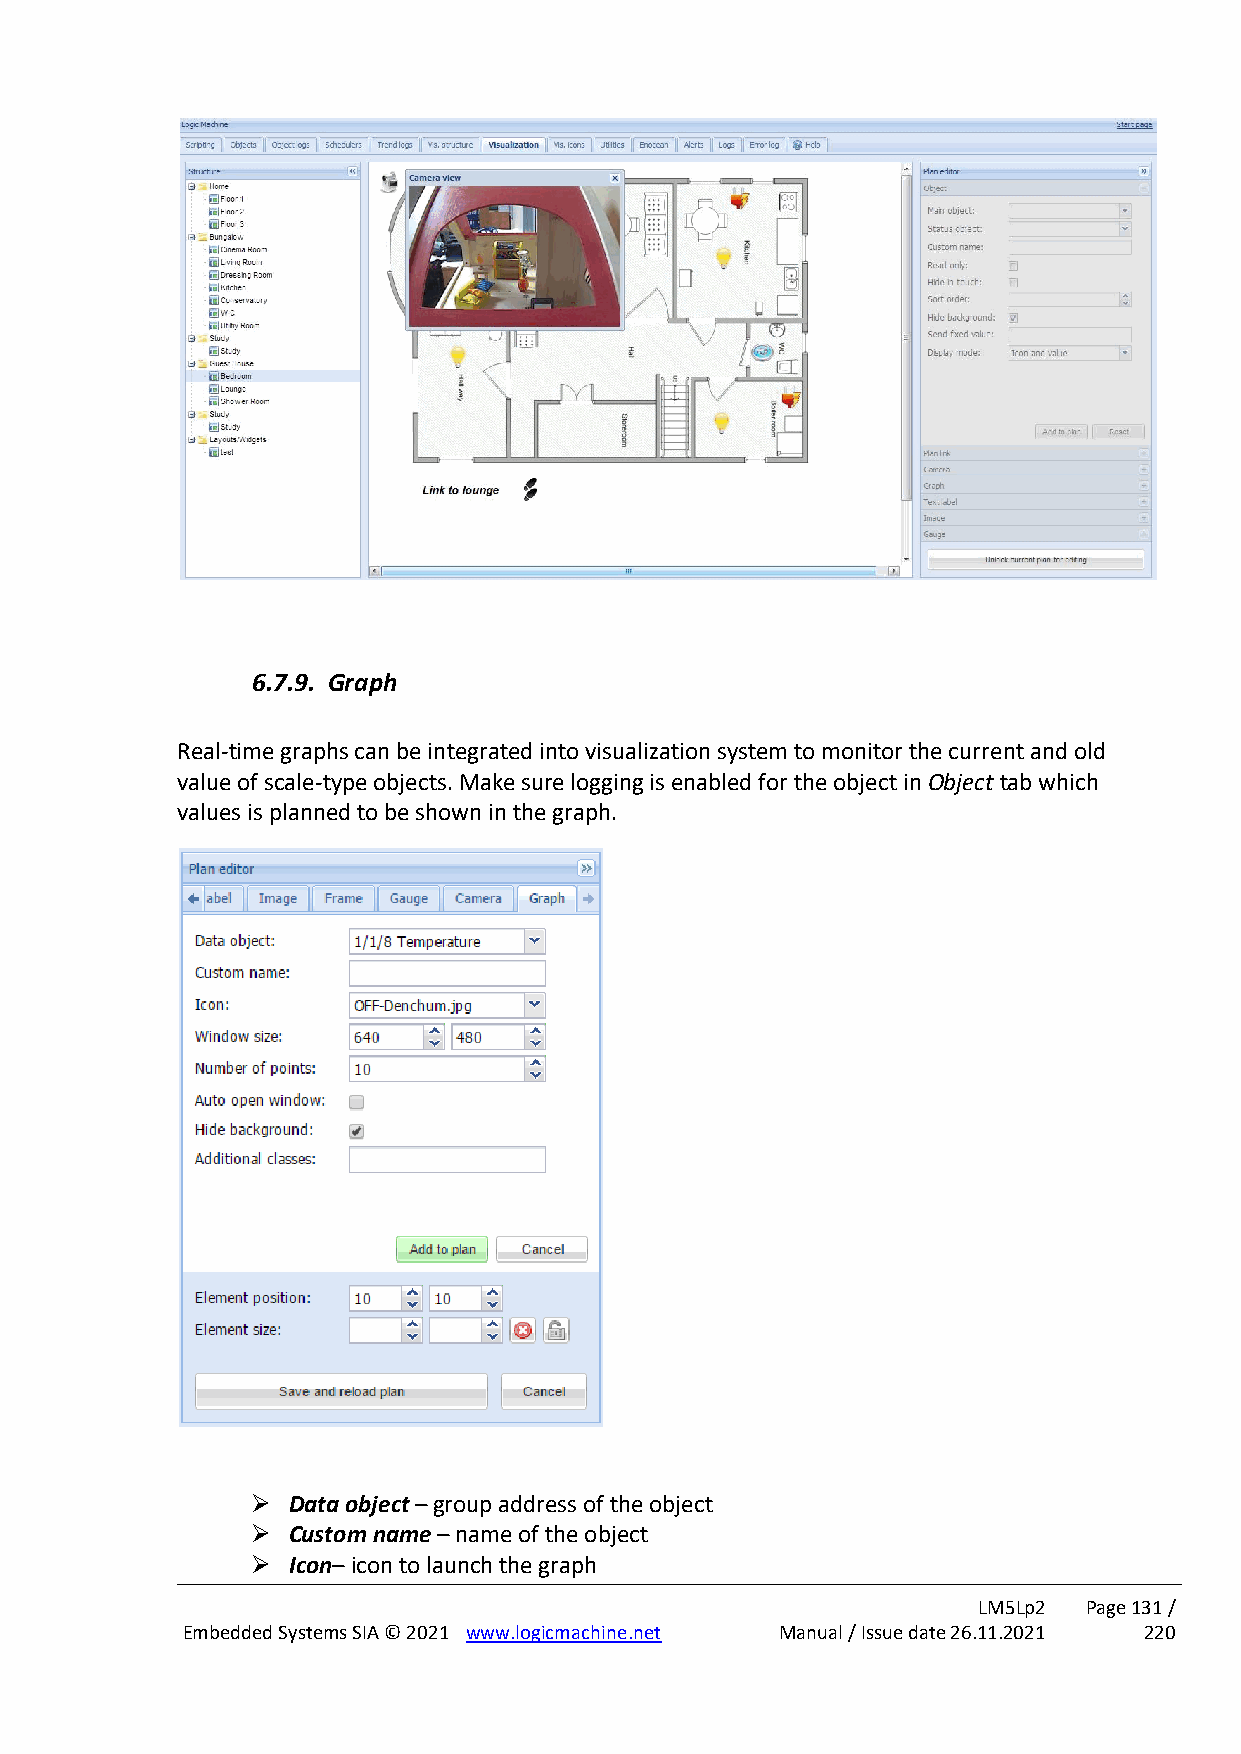
6.7.9. Graph
 Real-time graphs can be integrated into visualization system to monitor the current and old
 value of scale-type objects. Make sure logging is enabled for the object in Object tab which
 values is planned to be shown in the graph.
 ➢ Data object – group address of the object
 ➢ Custom name – name of the object
 ➢ Icon– icon to launch the graph
 LM5Lp2 Page 131 /
 Embedded Systems SIA © 2021 www.logicmachine.net Manual / Issue date 26.11.2021 220